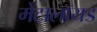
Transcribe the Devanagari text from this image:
मेटालॉयड